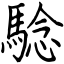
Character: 騐